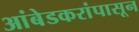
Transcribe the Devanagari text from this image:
आंबेडकरांपासून